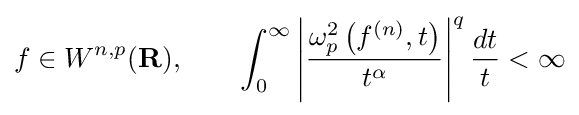
f\in W^{n,p}(\mathbf {R} ),\qquad \int _{0}^{\infty }\left|{\frac {\omega _{p}^{2}\left(f^{(n)},t\right)}{t^{\alpha }}}\right|^{q}{\frac {dt}{t}}<\infty